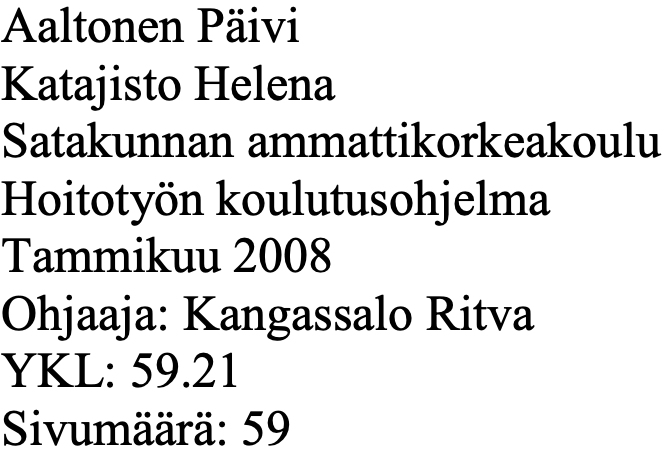
Aaltonen Päivi Katajisto Helena Satakunnan ammattikorkeakoulu Hoitotyön koulutusohjelma Tammikuu 2008 Ohjaaja: Kangassalo Ritva YKL: 59.21 Sivumäärä: 59